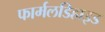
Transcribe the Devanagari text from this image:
फार्मलडिहाइड